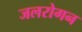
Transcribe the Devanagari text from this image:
जलरोगन